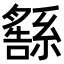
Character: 𦅚